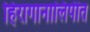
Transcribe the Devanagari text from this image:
हिरागानालिपीत